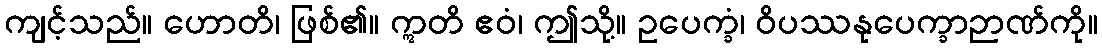
ကျင့်သည်။ ဟောတိ၊ ဖြစ်၏။ ဣတိ ဧဝံ၊ ဤသို့။ ဥပေက္ခံ၊ ဝိပဿနုပေက္ခာဉာဏ်ကို။